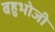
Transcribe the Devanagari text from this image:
बहुभोजी